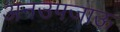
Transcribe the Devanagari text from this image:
अनउपजाऊ